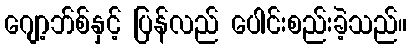
ဂျော့ဘ်စ်နှင့် ပြန်လည် ပေါင်းစည်းခဲ့သည်။